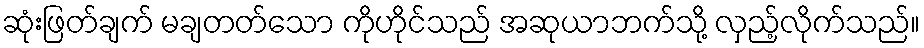
ဆုံးဖြတ်ချက် မချတတ်သော ကိုဟိုင်သည် အဆုယာဘက်သို့ လှည့်လိုက်သည်။